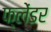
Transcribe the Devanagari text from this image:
फ्लेंडर